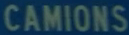
CAMIONS